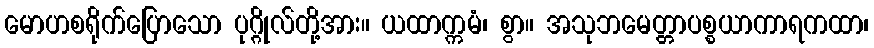
မောဟစရိုက်ပြောသော ပုဂ္ဂိုလ်တို့အား။ ယထာက္ကမံ၊ စွာ။ အသုဘမေတ္တာပစ္စယာကာရကထာ၊